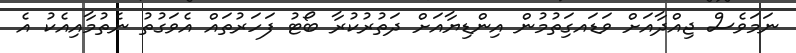
ނަމަވެސް ޖިއްދާއަށް ވަޑައގިަތުމުން އިންޑިޔާއަށް ދަތުރުކުރާ ބޯޓު ފަހަރުތައް އެވަގުތު ނެތުމާއިއެކު އެ